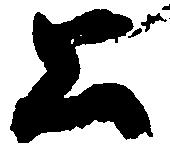
公